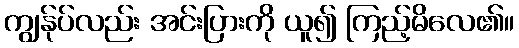
ကျွန်ုပ်လည်း အင်းပြားကို ယူ၍ ကြည့်မိလေ၏။